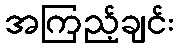
အကြည့်ချင်း